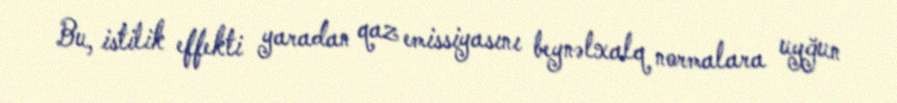
Bu, istilik effekti yaradan qaz emissiyasını beynəlxalq normalara uyğun